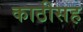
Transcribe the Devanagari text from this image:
काठीसह